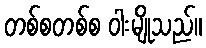
တစ်စတစ်စ ဝါးမျိုသည်။